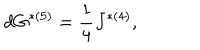
d G ^ { * ( 5 ) } = { \frac { 1 } { 4 } } J ^ { * ( 4 ) } ,